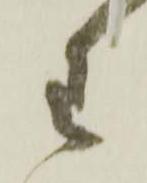
わ